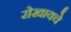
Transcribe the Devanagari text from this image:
रोखायचे